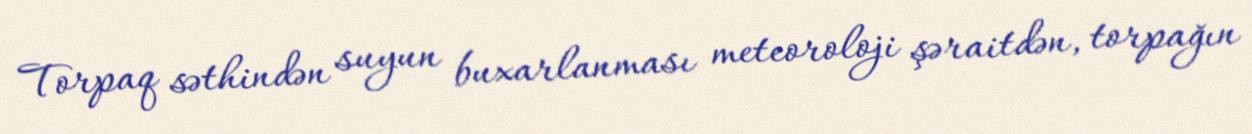
Torpaq səthindən suyun buxarlanması meteoroloji şəraitdən, torpağın